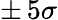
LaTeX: \pm\, 5\sigma